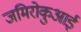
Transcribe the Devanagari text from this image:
जमिरोकुआई